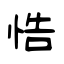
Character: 悎